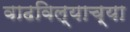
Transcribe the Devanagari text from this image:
वाढविल्याच्या